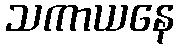
သကာယနေ